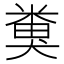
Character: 𥻜